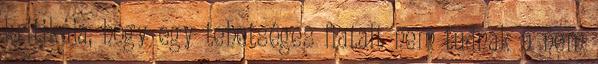
kritikája, hogy egy tehetséges fiatalt nem tudnak a nem